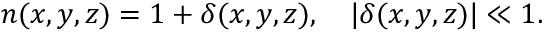
n ( x , y , z ) = 1 + \delta ( x , y , z ) , \quad \vert \delta ( x , y , z ) \vert \ll 1 .